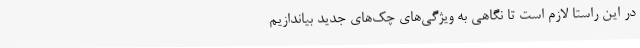
در این راستا لازم است تا نگاهی به ویژگی‌های چک‌های جدید بیاندازیم